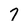
Character: 7